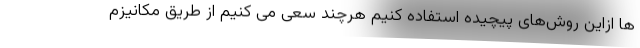
ها ازاین روش‌های پیچیده استفاده کنیم هرچند سعی می کنیم از طریق مکانیزم